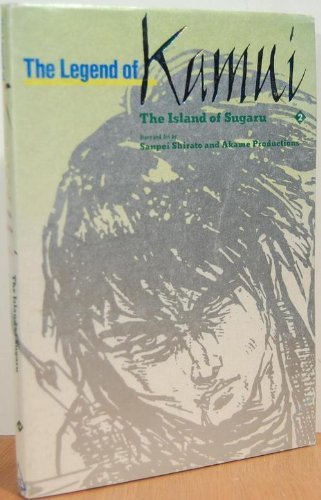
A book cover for The Legend of Kamui the Perfect Collection; Sanpei Shirato; Comics & Graphic Novels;